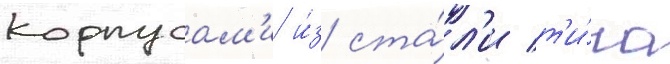
корпусам'и и́з ста́л'и т'и́па